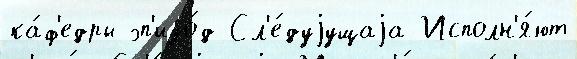
ка́ф'едры эп'изо́д Сл'е́дуjущаjа Исполн'я́ют